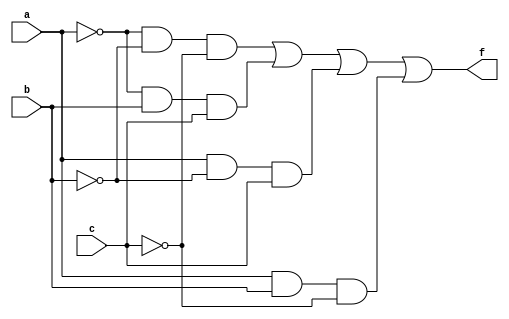
`timescale 1ns / 1ps
//////////////////////////////////////////////////////////////////////////////////
// Company: AUT-LC-LAB
// Engineer: 
// 
// Design Name: 
// Module Name:    xnor_circuit 
// Project Name: 
// Target Devices: 
// Tool versions: 
// Description: 
//
// Dependencies: 
//
// Revision: 
// Revision 0.01 - File Created
// Additional Comments: 
//
//////////////////////////////////////////////////////////////////////////////////
module xnor_circuit(
	input a,
	input b,
	input c,
	output f
);
	 //input a,b,c;
	 //output f;
	 wire w1, w2, w3, w4, w5, w6, w7;
	 not  g1(w1,a);
	 not  g2(w2,b);
	 not  g3(w3,c);
	 and  g4(w4,w1,w2,w3);
	 and  g5(w5,w1,b,c);
	 and  g6(w6,a,w2,c);
	 and  g7(w7,a,b,w3);
	 or   g8(f,w4,w5,w6,w7);



endmodule